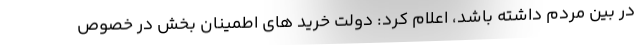
در بین مردم داشته باشد، اعلام کرد: دولت خرید های اطمینان بخش در خصوص